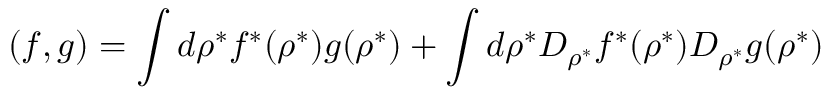
( f , g ) = \int d \rho ^ { * } f ^ { * } ( \rho ^ { * } ) g ( \rho ^ { * } ) + \int d \rho ^ { * } D _ { \rho ^ { * } } f ^ { * } ( \rho ^ { * } ) D _ { \rho ^ { * } } g ( \rho ^ { * } )